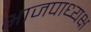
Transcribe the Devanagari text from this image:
भाजपाध्यक्ष